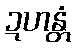
ဍဟန္တံ